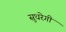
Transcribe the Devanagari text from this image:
सुधरेगी